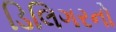
ડિલિગરનો